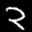
Label: 2